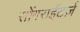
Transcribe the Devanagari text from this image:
सोंगराईटर्ज़